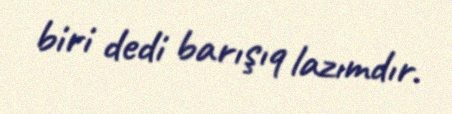
biri dedi barışıq lazımdır.